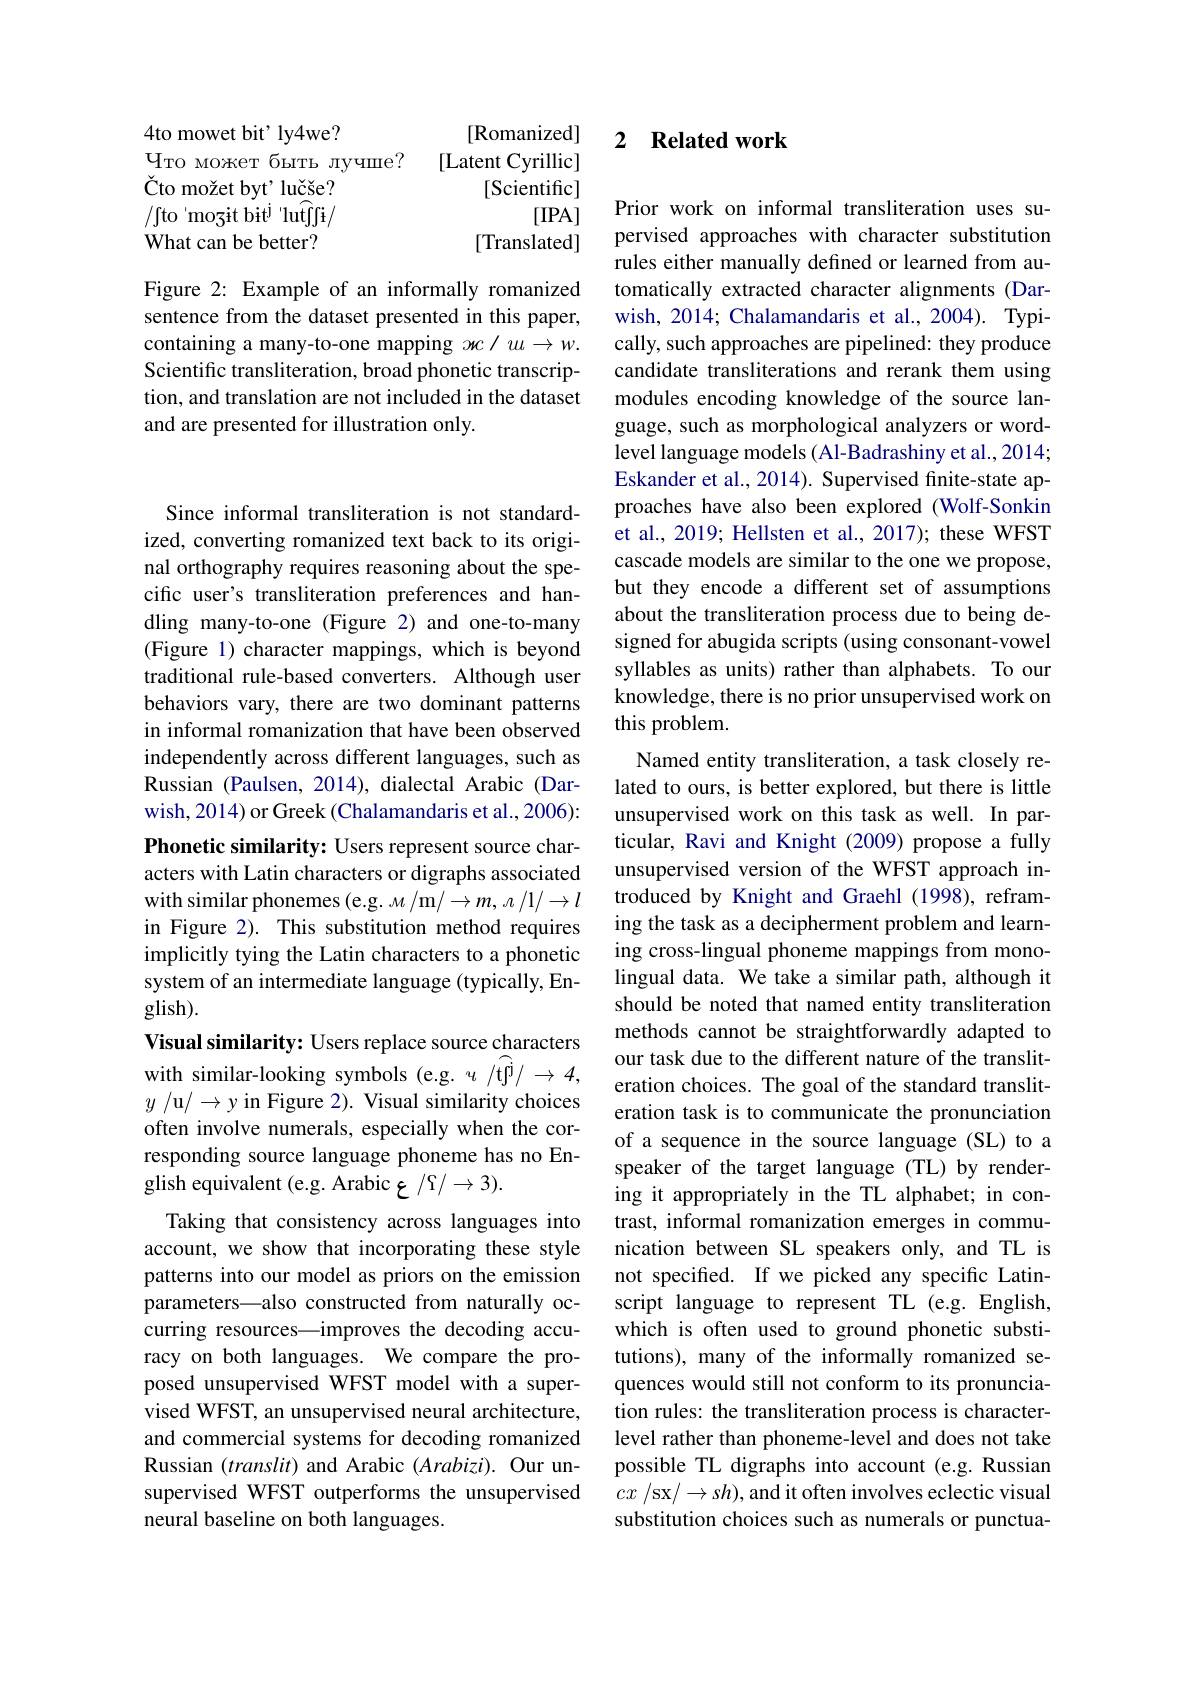
<table>
	<tbody>
		<tr>
			<th>4to mowet bit' ly4we?</th>
			<th>[Romanized]</th>
		</tr>
		<tr>
			<td>$\Psi_{\mathrm{TO}}$ MOKeT б ы т ь лучше?</td>
			<td>[Latent Cyrillic</td>
		</tr>
		<tr>
			<td>$Uy$ /fto'mozit bit$^\mathrm{j}$ ${\mathrm{j}}^{\prime}{\mathrm{lutffi}}/$</td>
			<td>loclcmillc [IPA</td>
		</tr>
		<tr>
			<td>What can be better?</td>
			<td>[Translated</td>
		</tr>
	</tbody>
</table>

Figure 2: Example of an informally romanized sentence from the dataset presented in this paper, containing a many-to-one mapping $xc/u\to w.$ Scientific transliteration, broad phonetic transcription, and translation are not included in the dataset and are presented for illustration only.

Since informal transliteration is not standardized, converting romanized text back to its original orthography requires reasoning about the specific user's transliteration preferences and handling many-to-one (Figure 2) and one-to-many (Figure 1) character mappings, which is beyond traditional rule-based converters. Although user behaviors vary, there are two dominant patterns in informal romanization that have been observed independently across different languages, such as Russian (Paulsen, 2014), dialectal Arabic (Darwish, 2014) or Greek (Chalamandaris et al., 2006): Phonetic similarity: Users represent source characters with Latin characters or digraphs associated with similar phonemes (e.g. M/m/ $\to m$, n /1/ $\to l$ in Figure 2). This substitution method requires implicitly tying the Latin characters to a phonetic system of an intermediate language (typically, En- $glish).$
Visual similarity: Users replace source characters with similar-looking symbols (e.g. $u/\widehat\mathrm{tf}^\mathrm{j}/\to4$,

$y$ /u$/\to$y in Figure 2). Visual similarity choices often involve numerals, especially when the corresponding source language phoneme has no English equivalent (e.g. Arabic ع $/\mathfrak{S}/\to3).$

Taking that consistency across languages into account, we show that incorporating these style patterns into our model as priors on the emission parameters—also constructed from naturally occurring resources—improves the decoding accuracy on both languages. We compare the proposed unsupervised WFST model with a supervised WFST, an unsupervised neural architecture, and commercial systems for decoding romanized Russian $(translit)$ and Arabic $(Arabizi).$ Our unsupervised WFST outperforms the unsupervised neural baseline on both languages.

## 2 $\textbf{Related work}$

Prior work on informal transliteration uses supervised approaches with character substitution rules either manually defined or learned from automatically extracted character alignments (Darwish, 2014; Chalamandaris et al., 2004). Typically, such approaches are pipelined: they produce candidate transliterations and rerank them using modules encoding knowledge of the source language, such as morphological analyzers or wordlevel language models (Al-Badrashiny et al., 2014; Eskander et al., 2014). Supervised finite-state approaches have also been explored (Wolf-Sonkin et al., 2019; Hellsten et al., 2017); these WFST cascade models are similar to the one we propose, but they encode a different set of assumptions about the transliteration process due to being designed for abugida scripts (using consonant-vowel syllables as units) rather than alphabets. To our knowledge, there is no prior unsupervised work on this problem.
Named entity transliteration, a task closely related to ours, is better explored, but there is little unsupervised work on this task as well. In particular, Ravi and Knight (2009) propose a fully unsupervised version of the WFST approach introduced by Knight and Graehl (1998), reframing the task as a decipherment problem and learning cross-lingual phoneme mappings from monolingual data. We take a similar path, although it should be noted that named entity transliteration methods cannot be straightforwardly adapted to our task due to the different nature of the transliteration choices. The goal of the standard transliteration task is to communicate the pronunciation of a sequence in the source language (SL) to a speaker of the target language (TL) by rendering it appropriately in the TL alphabet; in contrast, informal romanization emerges in communication between SL speakers only, and TL is not specifed. If we picked any specific Latinscript language to represent TL (e.g. English, which is often used to ground phonetic substitutions), many of the informally romanized sequences would still not conform to its pronunciation rules: the transliteration process is characterlevel rather than phoneme-level and does not take possible TL digraphs into account (e.g. Russian $cx/$sx$/\to sh)$,and it often involves eclectic visual substitution choices such as numerals or punctua-